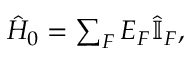
\begin{array} { r } { \hat { H } _ { 0 } = \sum _ { F } E _ { F } \hat { \mathbb { I } } _ { F } , } \end{array}